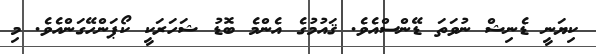
ކިޔަނީ ޑެނިޝް ނުވަތަ ޑޭންސްއެވެ. ޤައުމުގެ އެންމެ ބޮޑު ޝަހަރަކީ ކޯޕަންހޭގަންއެވެ. މި